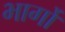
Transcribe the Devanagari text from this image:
भार्गों